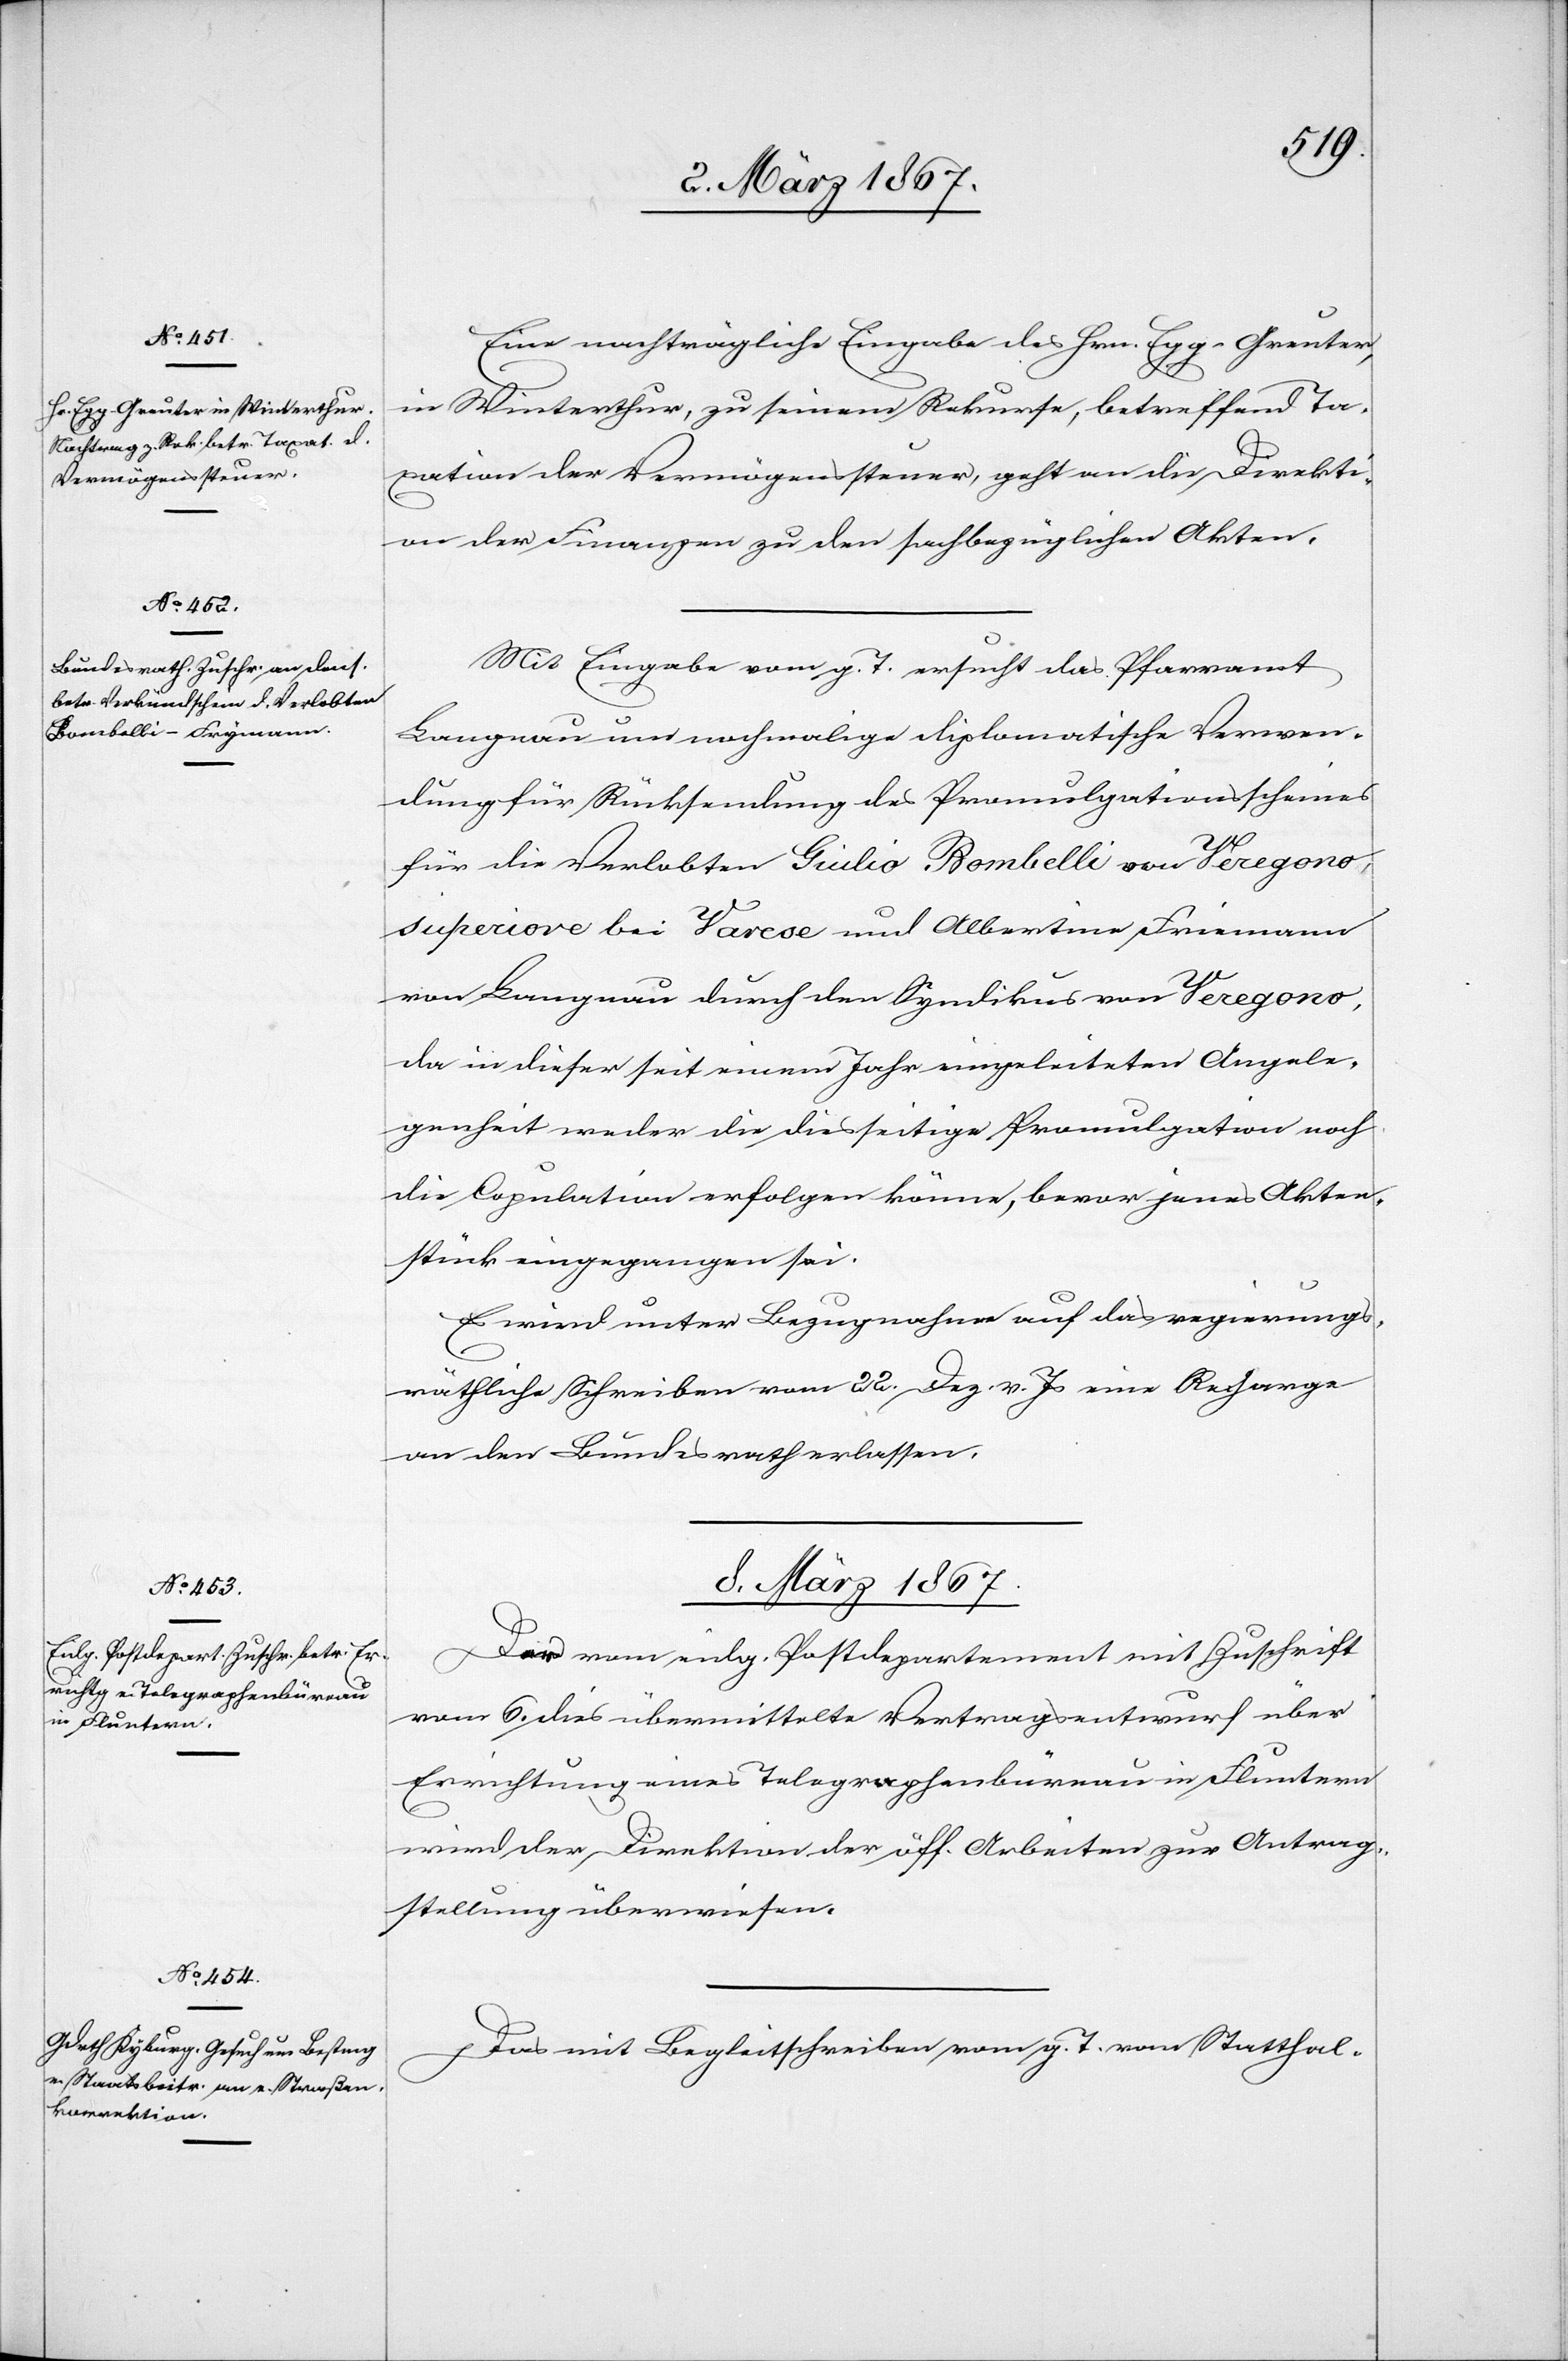
8. März 1867.]
Eine nachträgliche Eingabe des Hrn. Egg-Greuter,
in Winterthur, zu seinem Rekurse, betreffend Ta¬
xation der Vermögenssteuer, geht an die Direkti¬
on der Finanzen zu den sachbezüglichen Akten.
Mit Eingabe vom g. T. ersucht das Pfarramt
Langnau um nochmalige diplomatische Verwen¬
dung für Rücksendung des Promulgationsscheines
für die Verlobten Giulio Bombelli von Veregono
superiore bei Varese und Albertine Friemann
von Langnau durch den Syndikus von Veregono,
da in dieser seit einem Jahr eingeleiteten Angele¬
genheit weder die diesseitige Promulgation noch
die Copulation erfolgen könne, bevor jenes Akten¬
stück eingegangen sei.
Es wird unter Bezugnahme auf das regierungs¬
räthliche Schreiben vom 22. Dez. v. Js eine Recharge
an den Bundesrath erlassen.
Der vom eidg. Postdepartement mit Zuschrift
vom 6. dies übermittelte Vertragsentwurf über
Errichtung eines Telegraphenbüreau in Fluntern
wird der Direktion der öff. Arbeiten zur Antrag¬
stellung überwiesen.
Das mit Begleitschreiben vom g. T. vom Statthal-